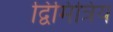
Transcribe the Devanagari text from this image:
द्विमित्रिय